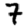
Digit: 7